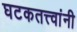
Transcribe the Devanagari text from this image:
घटकतत्त्वांनी